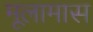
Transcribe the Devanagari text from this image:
मूलामास